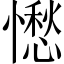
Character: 𱟓